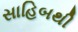
સાહિબથી